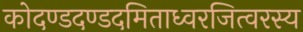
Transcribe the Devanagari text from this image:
कोदण्डदण्डदमिताध्वरजित्वरस्य